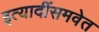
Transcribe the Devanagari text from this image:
इत्यादींसमवेत